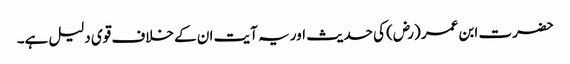
حضرت ابن عمر (رض) کی حدیث اور یہ آیت ان کے خلاف قوی دلیل ہے۔